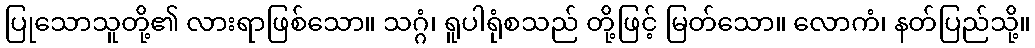
ပြုသောသူတို့၏ လားရာဖြစ်သော။ သဂ္ဂံ၊ ရူပါရုံစသည် တို့ဖြင့် မြတ်သော။ လောကံ၊ နတ်ပြည်သို့။